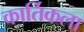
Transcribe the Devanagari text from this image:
कार्तिकला